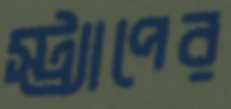
স্ট্র্যাপের